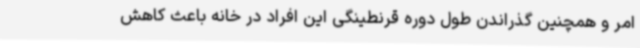
امر و همچنین گذراندن طول دوره قرنطینگی این افراد در خانه باعث کاهش